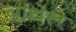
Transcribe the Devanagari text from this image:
बांधेले